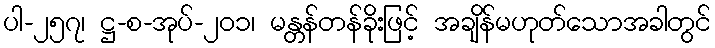
ပါ-၂၅၇၊ ဋ္ဌ-စ-အုပ်-၂၀၁၊ မန္တန်တန်ခိုးဖြင့် အချိန်မဟုတ်သောအခါတွင်